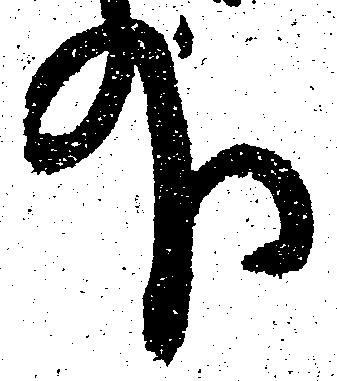
外